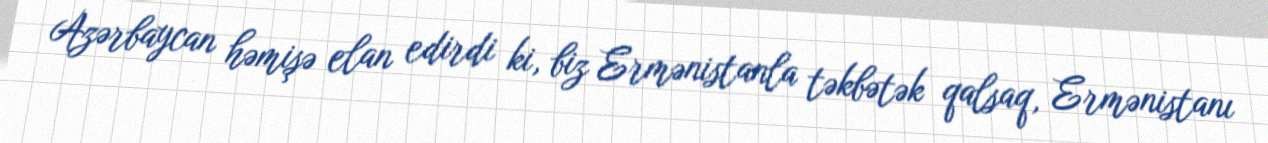
Azərbaycan həmişə elan edirdi ki, biz Ermənistanla təkbətək qalsaq, Ermənistanı